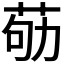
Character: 𦮿